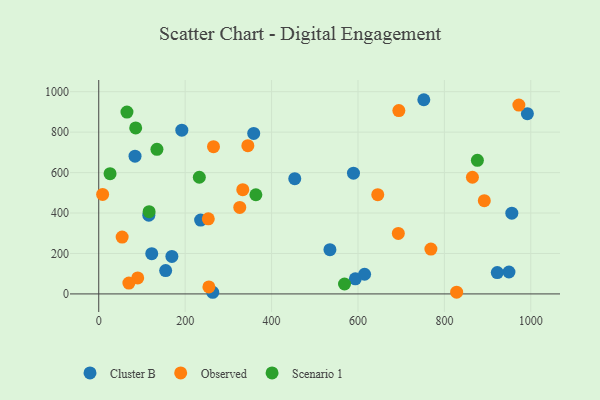
{"axis": {"x": "Study Hours", "y": "Exam Score"}, "legend": ["Cluster B", "Observed", "Scenario 1"], "data": [{"x": "589.6", "y": 597.2, "type": "Cluster B"}, {"x": "122.7", "y": 198.9, "type": "Cluster B"}, {"x": "593.9", "y": 74.4, "type": "Cluster B"}, {"x": "949.5", "y": 108.4, "type": "Cluster B"}, {"x": "192.3", "y": 809.9, "type": "Cluster B"}, {"x": "115.9", "y": 389.3, "type": "Cluster B"}, {"x": "992.1", "y": 891.4, "type": "Cluster B"}, {"x": "154.9", "y": 115.3, "type": "Cluster B"}, {"x": "535.1", "y": 219.0, "type": "Cluster B"}, {"x": "84.0", "y": 681.3, "type": "Cluster B"}, {"x": "263.9", "y": 8.1, "type": "Cluster B"}, {"x": "453.7", "y": 569.9, "type": "Cluster B"}, {"x": "235.8", "y": 365.0, "type": "Cluster B"}, {"x": "922.4", "y": 105.5, "type": "Cluster B"}, {"x": "752.4", "y": 960.3, "type": "Cluster B"}, {"x": "956.1", "y": 399.3, "type": "Cluster B"}, {"x": "358.7", "y": 793.7, "type": "Cluster B"}, {"x": "615.3", "y": 97.3, "type": "Cluster B"}, {"x": "169.3", "y": 185.6, "type": "Cluster B"}, {"x": "326.4", "y": 427.9, "type": "Observed"}, {"x": "90.2", "y": 79.2, "type": "Observed"}, {"x": "253.6", "y": 371.2, "type": "Observed"}, {"x": "972.4", "y": 933.9, "type": "Observed"}, {"x": "9.0", "y": 491.8, "type": "Observed"}, {"x": "54.2", "y": 281.3, "type": "Observed"}, {"x": "693.4", "y": 299.2, "type": "Observed"}, {"x": "333.4", "y": 515.3, "type": "Observed"}, {"x": "69.8", "y": 53.5, "type": "Observed"}, {"x": "265.6", "y": 728.1, "type": "Observed"}, {"x": "892.4", "y": 461.1, "type": "Observed"}, {"x": "864.9", "y": 576.8, "type": "Observed"}, {"x": "645.8", "y": 490.8, "type": "Observed"}, {"x": "768.8", "y": 221.6, "type": "Observed"}, {"x": "694.6", "y": 906.4, "type": "Observed"}, {"x": "254.9", "y": 34.6, "type": "Observed"}, {"x": "828.4", "y": 8.6, "type": "Observed"}, {"x": "345.1", "y": 733.2, "type": "Observed"}, {"x": "876.4", "y": 660.8, "type": "Scenario 1"}, {"x": "116.6", "y": 406.8, "type": "Scenario 1"}, {"x": "26.2", "y": 594.5, "type": "Scenario 1"}, {"x": "65.3", "y": 899.4, "type": "Scenario 1"}, {"x": "363.7", "y": 490.3, "type": "Scenario 1"}, {"x": "85.5", "y": 820.8, "type": "Scenario 1"}, {"x": "134.7", "y": 715.1, "type": "Scenario 1"}, {"x": "232.8", "y": 576.8, "type": "Scenario 1"}, {"x": "568.9", "y": 49.0, "type": "Scenario 1"}]}